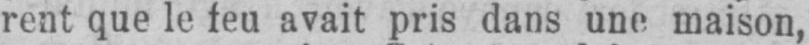
rent que le feu avait pris dans une maison,